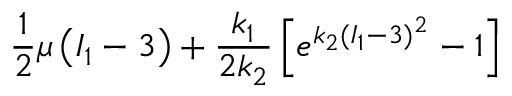
\frac { 1 } { 2 } \mu \left( I _ { 1 } - 3 \right) + \frac { k _ { 1 } } { 2 k _ { 2 } } \left[ e ^ { k _ { 2 } ( I _ { 1 } - 3 ) ^ { 2 } } - 1 \right]